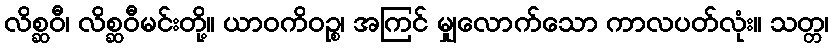
လိစ္ဆဝီ၊ လိစ္ဆဝီမင်းတို့။ ယာဝကိဝဉ္စ၊ အကြင် မျှလောက်သော ကာလပတ်လုံး။ သတ္တ၊